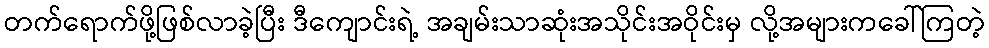
တက်ရောက်ဖို့ဖြစ်လာခဲ့ပြီး ဒီကျောင်းရဲ့ အချမ်းသာဆုံးအသိုင်းအဝိုင်းမှ လို့အများကခေါ်ကြတဲ့